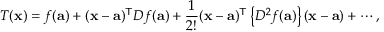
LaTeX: T ( \mathbf { x } ) = f ( \mathbf { a } ) + ( \mathbf { x } - \mathbf { a } ) ^ { \mathsf { T } } D f ( \mathbf { a } ) + { \frac { 1 } { 2 ! } } ( \mathbf { x } - \mathbf { a } ) ^ { \mathsf { T } } \left\{ D ^ { 2 } f ( \mathbf { a } ) \right\} ( \mathbf { x } - \mathbf { a } ) + \cdots ,